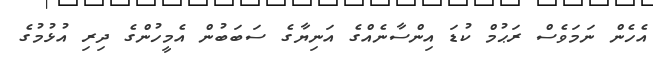
އެހެން ނަމަވެސް ރަޙުމް ކުޑަ އިންސާނެއްގެ އަނިޔާގެ ސަބަބުން އެމީހުންގެ ދިރި އުޅުމުގެ